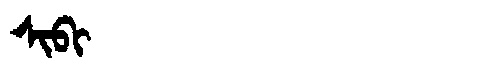
Manchu: ᠰᡳᠪᡳ
Romanization: SIBI